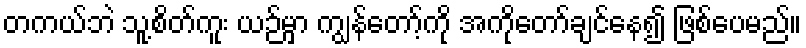
တကယ်ဘဲ သူ့စိတ်ကူး ယဉ်မှာ ကျွန်တော့်ကို အကိုတော်ချင်နေ၍ ဖြစ်ပေမည်။